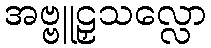
အဗ္ဗူဠှသလ္လော